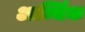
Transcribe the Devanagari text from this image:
आर्म्भिक